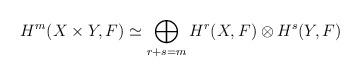
LaTeX: \begin{align*}H^m(X\times Y, F) \simeq \bigoplus_{r+s=m}H^r(X,F) \otimes H^s(Y,F)\end{align*}